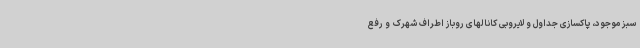
سبز موجود، پاکسازی جداول و لایروبی کانالهای روباز اطراف شهرک و رفع